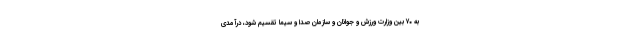
به ۷۰ بین وزارت ورزش و جوانان و سازمان صدا و سیما تقسیم شود، درآمدی